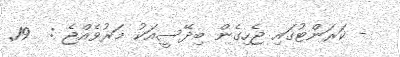
- ކަރަންޓުގައި ޖެހިގެން ބިދޭސީއަކު މަރުވެއްޖެ :  19